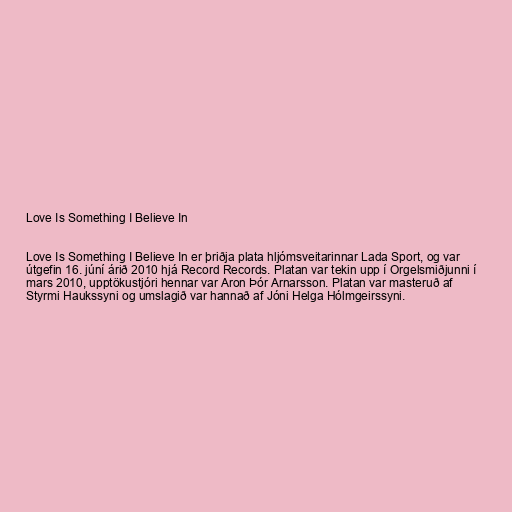
Love Is Something I Believe In

Love Is Something I Believe In er þriðja plata hljómsveitarinnar Lada Sport, og var
útgefin 16. júní árið 2010 hjá Record Records. Platan var tekin upp í Orgelsmiðjunni í
mars 2010, upptökustjóri hennar var Aron Þór Arnarsson. Platan var masteruð af
Styrmi Haukssyni og umslagið var hannað af Jóni Helga Hólmgeirssyni.